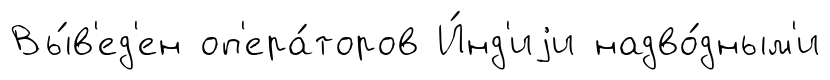
Вы́в'ед'ен оп'ера́торов И́нд'иjи надво́дным'и